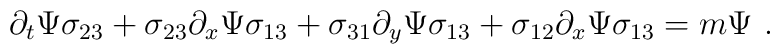
\partial_t \Psi \sigma_{23} + \sigma_{23} \partial_x \Psi \sigma_{13} +\sigma_{31} \partial_y \Psi \sigma_{13} +\sigma_{12} \partial_x \Psi \sigma_{13} = m \Psi~.